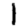
Digit: 1